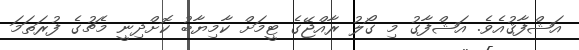
އަޝްފާޤުއެވެ. އަޝްފާގު މި ގޯލު ރާއްޖޭގެ ޓީމަށް ކާމިޔާބު ކޮށްދިނީ މެޗުގެ ފުރަތަމަ